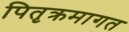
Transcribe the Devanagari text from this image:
पितृक्रमागत